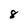
Character: 8